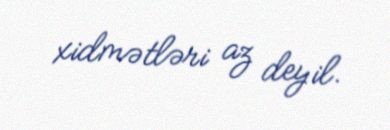
xidmətləri az deyil.